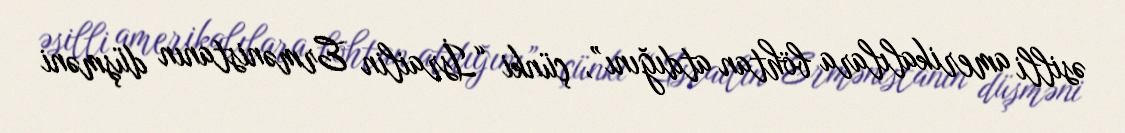
əsilli amerikalılara böhtan atdığını”, çünki “İsrailin Ermənistanın düşməni